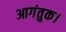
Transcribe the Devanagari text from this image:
आगंतुक।